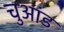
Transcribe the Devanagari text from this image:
चुआंड